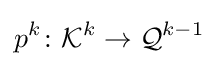
p^{k}\colon {\mathcal {K}}^{k}\to {\mathcal {Q}}^{k-1}